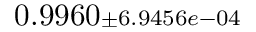
0 . 9 9 6 0 { \scriptstyle \pm 6 . 9 4 5 6 e - 0 4 }